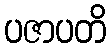
ပဇာပတိ